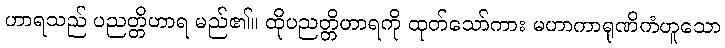
ဟာရသည် ပညတ္တိဟာရ မည်၏။ ထိုပညတ္တိဟာရကို ထုတ်သော်ကား မဟာကာရုဏိကံဟူသော